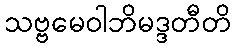
သဗ္ဗမေဝါဘိမဒ္ဒတီတိ